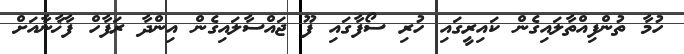
ހުމާ ތުންފިއްތާލައިގެން ކައިރީގައި ހުރި ސޯފާގައި ފޫ ޖައްސާލައިގެން އިންދާ ރަފާހް ފާޚާނާއަށް